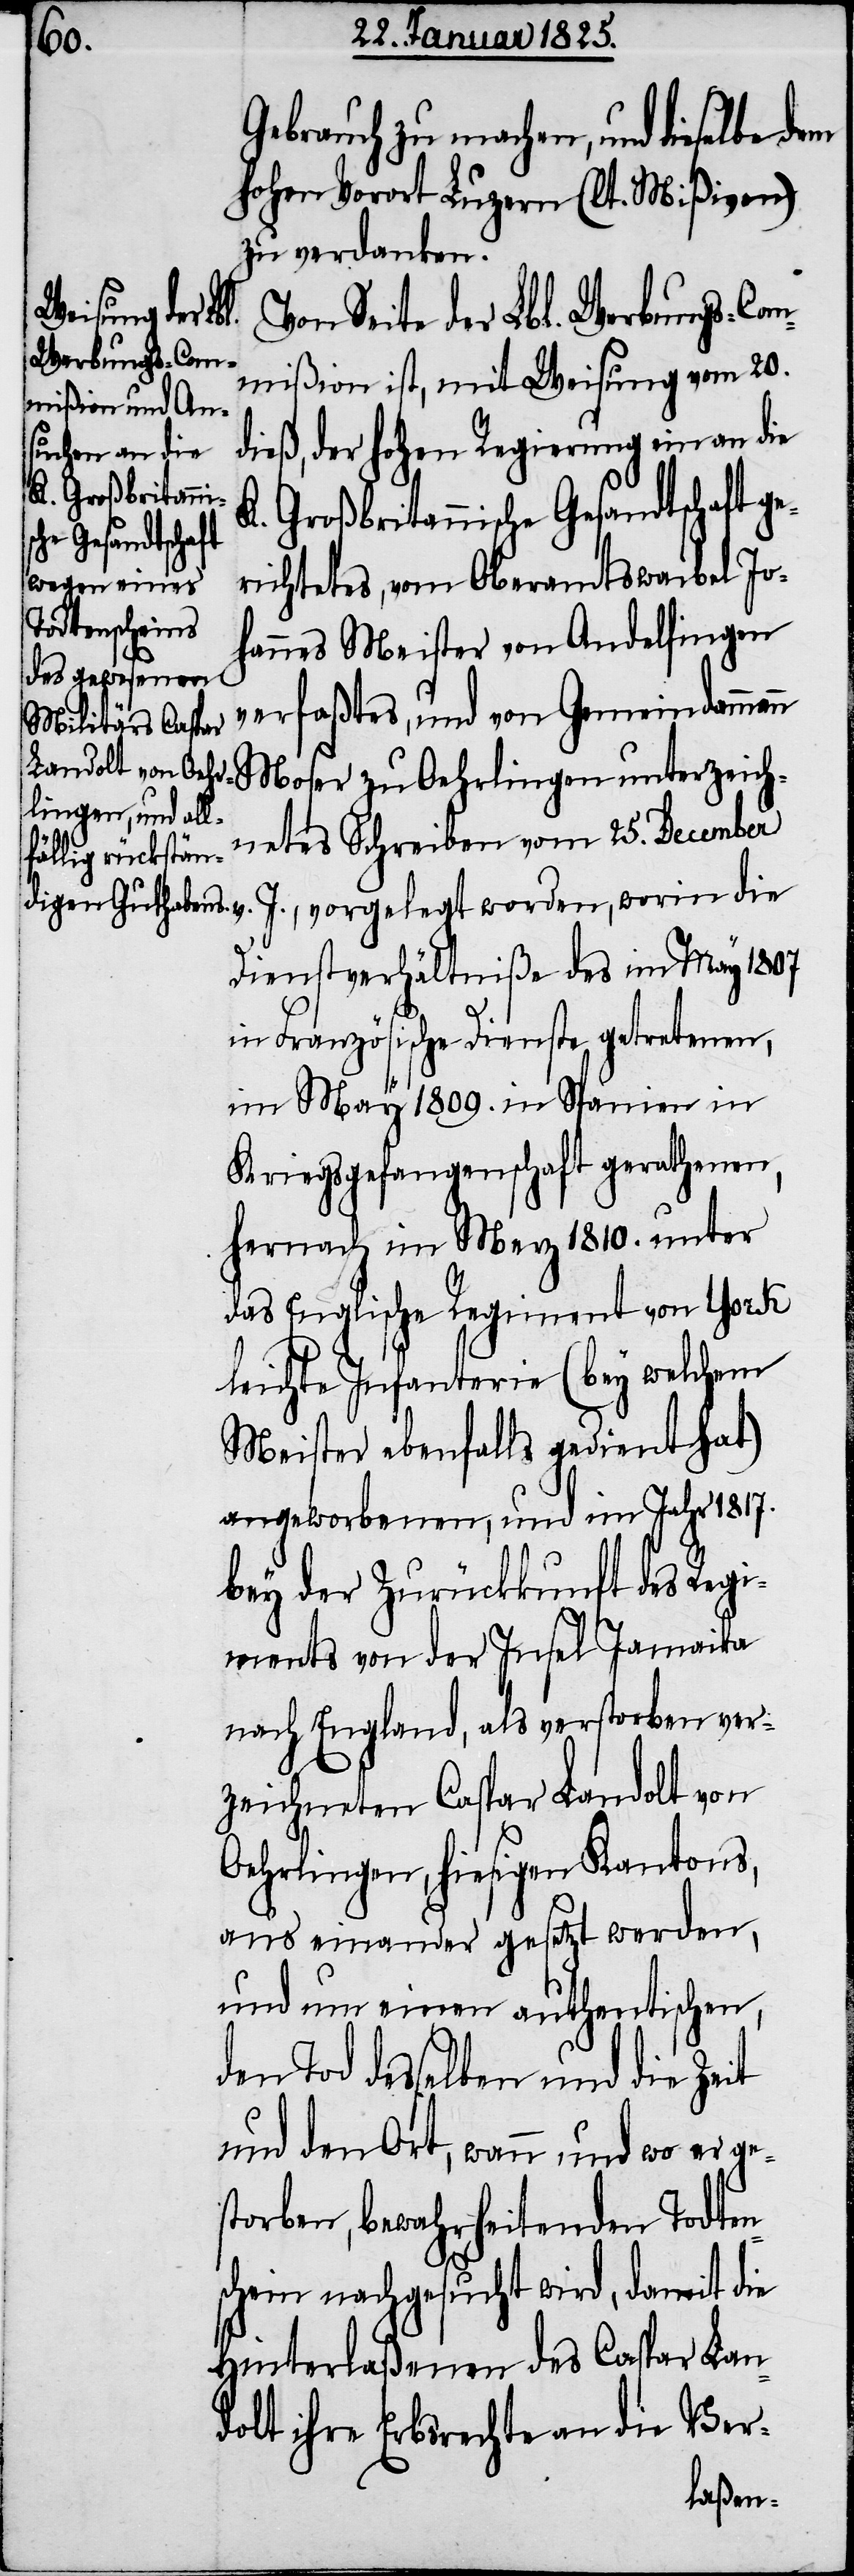
Mos¬
Gebrauch zu machen, und dieselbe dem
hohen Vorort Luzern (lt. Mißiven)
zu verdanken.
gen unterzeich¬
Von Seite der Lbl. Werbungs-Com¬
mißion ist, mit Weisung vom 20.
dieß, der hohen Regierung ein an die
K. Großbritanni¬
he Gesandtschaft
richtetes, vom Oberamtswaibel Jo¬
hannes Meister von Andelfingen
verfaßtes, und von Gemeindammann
netes Schreiben vom 25. December
Dienstverhältniße des im May 1807
in Französische Dienste getretenen,
im May 1809. in Spanien in
Kriegsgefangenschaft gerathenen,
hernach im Merz 1810. unter
das Englische Regiment von York
leichte Infanterie (bey welchem
Meister ebenfalls gedient hat)
angeworbenen, und im Jahr 1817.
bey der Zurückkunft des Regi¬
ments von der Insel Jamaika
nach England, als verstorben ver¬
zeichneten Caspar Landolt von
Oehrlingen, hiesigen Kantons,
aus einander gesetzt werden,
und um einen authentischen,
den Tod desselben und die Zeit
und den Ort, wann und wo er ge¬
storben, bewahrheitenden Todten¬
schein nachgesucht wird, damit die
Hinterlaßenen des Caspar Lan¬
dolt ihre Erbsrechte an die Ver-